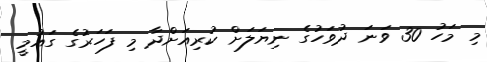
މި މަހު 30 ވަނަ ދުވަހުގެ ނިޔަލަށް ކުރިއަށްދާ މި ފަހަރުގެ ގައުމީ